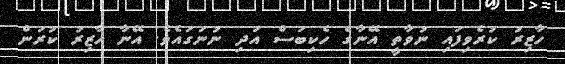
ހާޒިރު ކުރެވިފައި ނުވާތީ އޭނާގެ ހެކިބަސް އަދި ނުނަގައެވެ. އޭނާ ހާޒިރު ކުރަން